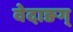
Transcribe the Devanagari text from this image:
वेदाङग्